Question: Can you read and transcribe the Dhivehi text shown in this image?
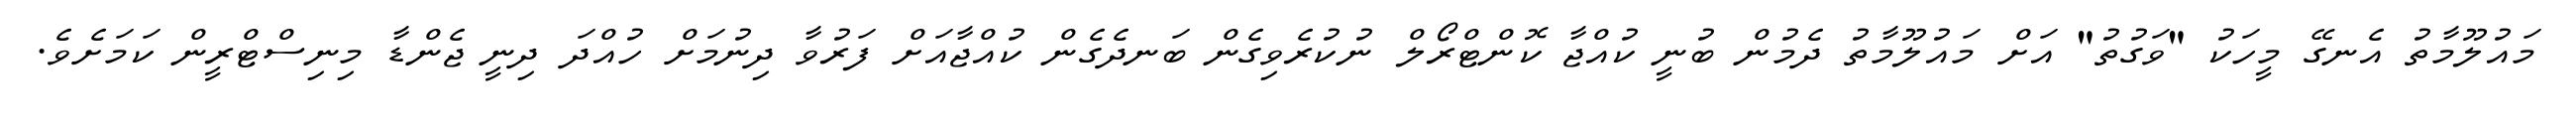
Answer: މައުލޫމާތު އެނގޭ މީހަކު "ވަގުތު" އަށް މައުލޫމާތު ދެމުން ބުނީ ކުއްޖާ ކޮންޓްރޯލް ނުކުރެވިގެން ބަނދެގެން ކުއްޖާއަށް ފަރުވާ ދިނުމަށް ހުއްދަ ދިނީ ޖެންޑާ މިނިސްޓްރީން ކަމަށެވެ.